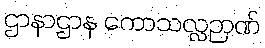
ဌာနာဌာန ကောသလ္လဉာဏ်